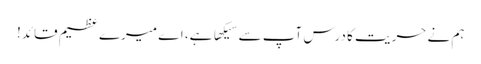
ہم نے حریت کا درس آپ سے سیکها ہے، اے میرے عظیم قائد!